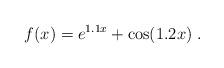
LaTeX: \begin{align*}f(x)=e^{1.1x}+\cos(1.2x) \;.\end{align*}